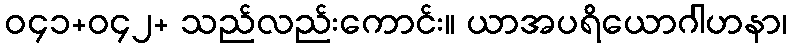
ဝ၄၁+ဝ၄၂+ သည်လည်းကောင်း။ ယာအပရိယောဂါဟနာ၊